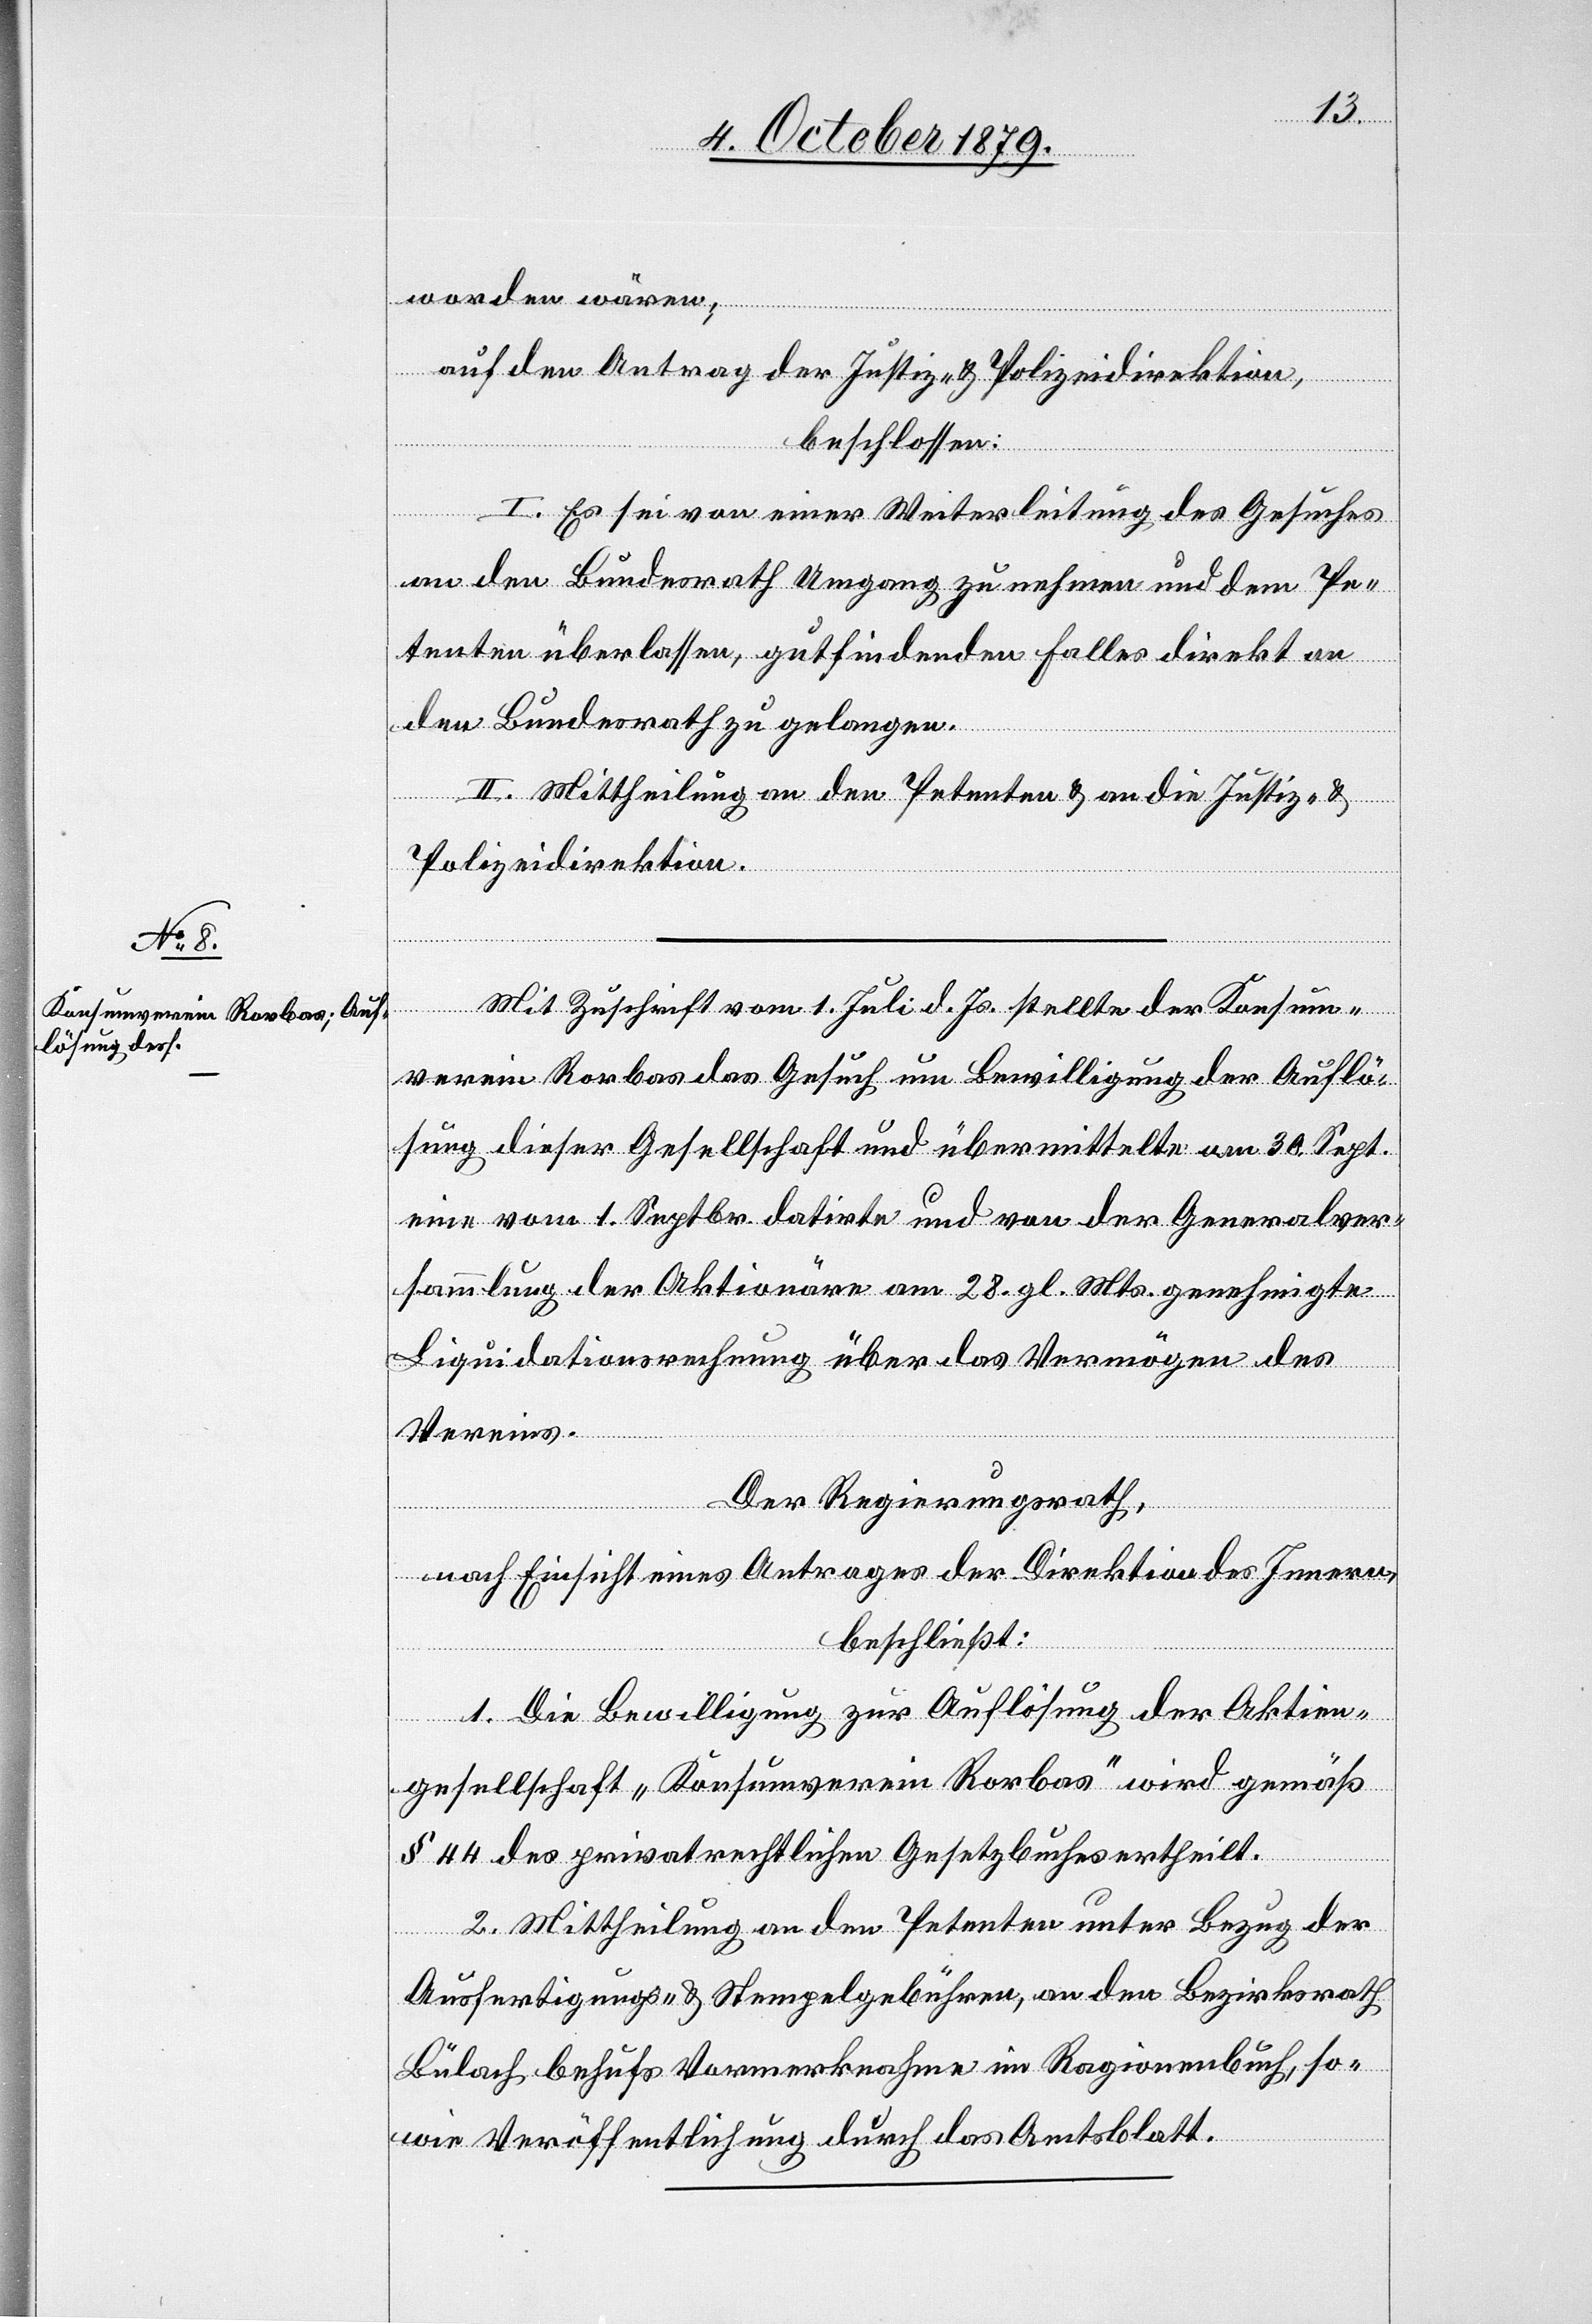
worden wären;
auf den Antrag der Justiz- & Polizeidirektion,
beschlossen:
I. Es sei von einer Weiterleitung des Gesuches
an den Bundesrath Umgang zu nehmen und dem Pe¬
tenten überlassen, gutfindenden Falles direkt an
den Bundesrath zu gelangen.
II. Mittheilung an den Petenten & an die Justiz- &
Polizeidirektion.
Mit Zuschrift vom 1. Juli d. Js. stellte der Konsum¬
verein Rorbas das Gesuch um Bewilligung der Auflö¬
sung dieser Gesellschaft und übermittelte am 30. Sept.
eine vom 1. Septbr. datirte und von der Generalver¬
sammlung der Aktionäre am 28. gl. Mts. genehmigte
Liquidationsrechnung über das Vermögen des
Vereins.
Der Regierungsrath,
nach Einsicht eines Antrages der Direktion des Innern,
beschließt:
1. Die Bewilligung zur Auflösung der Aktien¬
gesellschaft „Konsumverein Rorbas“ wird gemäß
§ 44 des privatrechtlichen Gesetzbuches ertheilt.
2. Mittheilung an den Petenten unter Bezug der
Ausfertigungs- & Stempelgebühren, an den Bezirksrath
Bülach behufs Vormerknahme im Ragionenbuch, so¬
wie Veröffentlichung durch das Amtsblatt.